Indian journal of veterinary science and animal husbandry - Volume 5,
Year: 1935
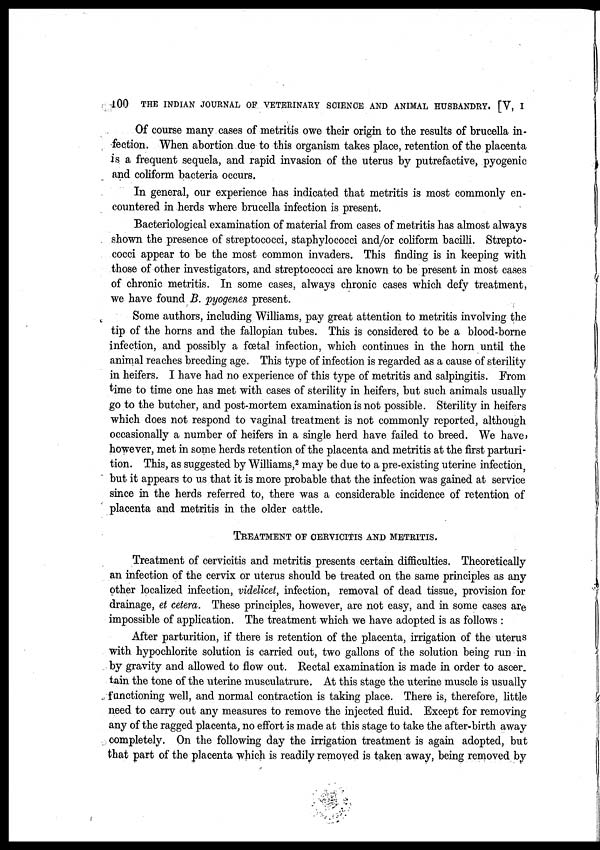
100
THE INDIAN JOURNAL OF VETERINARY SCIENCE AND ANIMAL HUSBANDRY. [V, I
Of course many cases of metritis owe their origin to the results of brucella in-
fection. When abortion due to this organism takes place, retention of the placenta
is a frequent sequela, and rapid invasion of the uterus by putrefactive, pyogenic
and coliform bacteria occurs.
In general, our experience has indicated that metritis is most commonly en-
countered in herds where brucella infection is present.
Bacteriological examination of material from cases of metritis has almost always
shown the presence of streptococci, staphylococci and/or coliform bacilli. Strepto-
cocci appear to be the most common invaders. This finding is in keeping with
those of other investigators, and streptococci are known to be present in most cases
of chronic metritis. In some cases, always chronic cases which defy treatment,
we have found B. pyogenes present.
Some authors, including Williams, pay great attention to metritis involving the
tip of the horns and the fallopian tubes. This is considered to be a blood-borne
infection, and possibly a fœtal infection, which continues in the horn until the
animal reaches breeding age. This type of infection is regarded as a cause of sterility
in heifers. I have had no experience of this type of metritis and salpingitis. From
time to time one has met with cases of sterility in heifers, but such animals usually
go to the butcher, and post-mortem examination is not possible. Sterility in heifers
which does not respond to vaginal treatment is not commonly reported, although
occasionally a number of heifers in a single herd have failed to breed. We have,
however, met in some herds retention of the placenta and metritis at the first parturi-
tion. This, as suggested by Williams, 2 may be due to a pre-existing uterine infection,
but it appears to us that it is more probable that the infection was gained at service
since in the herds referred to, there was a considerable incidence of retention of
placenta and metritis in the older cattle.
TREATMENT OF CERVICITIS AND METRITIS.
Treatment of cervicitis and metritis presents certain difficulties. Theoretically
an infection of the cervix or uterus should be treated on the same principles as any
other localized infection, videlicet, infection, removal of dead tissue, provision for
drainage, et cetera. These principles, however, are not easy, and in some cases are
impossible of application. The treatment which we have adopted is as follows :
After parturition, if there is retention of the placenta, irrigation of the uterus
with hypochlorite solution is carried out, two gallons of the solution being run in
by gravity and allowed to flow out. Rectal examination is made in order to ascer.
tain the tone of the uterine musculatrure. At this stage the uterine muscle is usually
functioning well, and normal contraction is taking place. There is, therefore, little
need to carry out any measures to remove the injected fluid. Except for removing
any of the ragged placenta, no effort is made at this stage to take the after-birth away
completely. On the following day the irrigation treatment is again adopted, but
that part of the placenta which is readily removed is taken away, being removed by